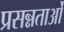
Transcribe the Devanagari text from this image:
प्रसन्नताओं